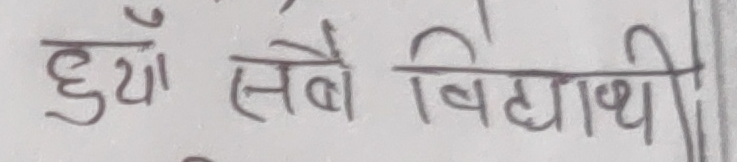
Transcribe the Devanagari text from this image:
हुँया सबै विद्यार्थी